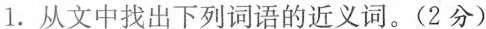
1. 从文中找出下列词语的近义词。(2分)